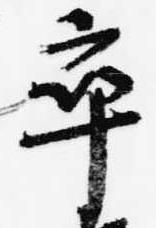
卒